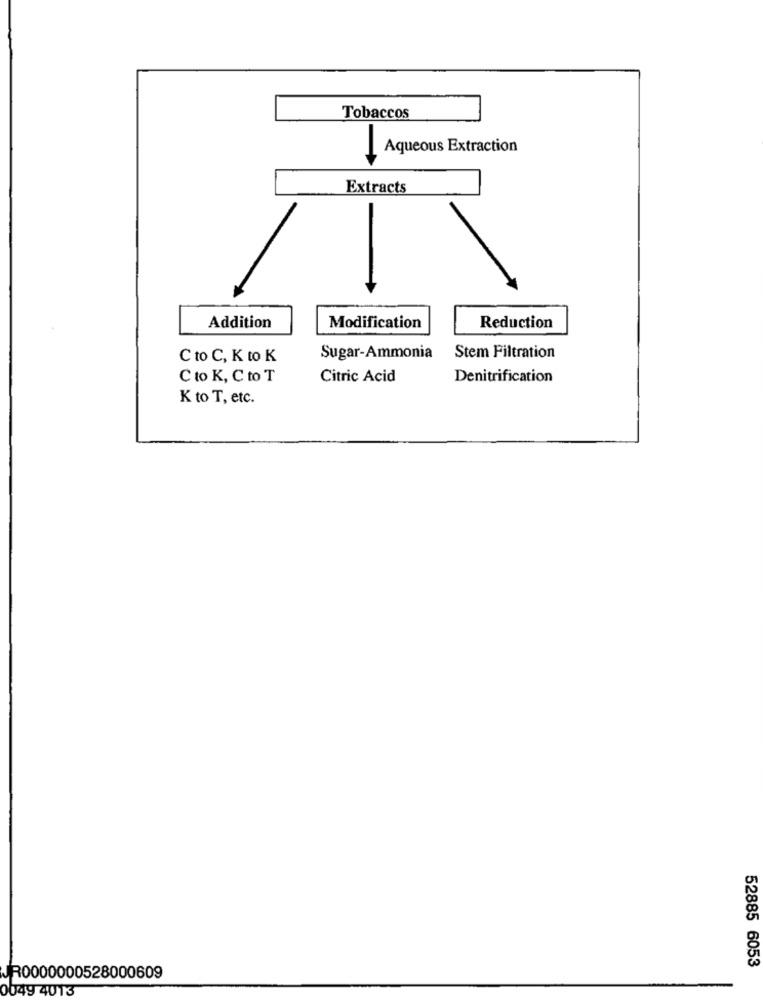
Tobaccos
Aqueous Extraction
Extracts
Addition
Modification
Reduction
C to C, K to K
Sugar-Ammonia
Stem Filtration
Cto K, C to T
Citric Acid
Denitrification
K to T, etc.
52885 6053
JR0000000528000609
0049 4013